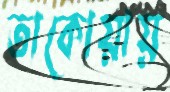
তাকোয়ায়